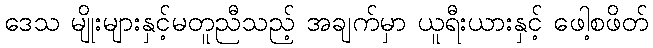
ဒေသ မျိုးများနှင့်မတူညီသည့် အချက်မှာ ယူရီးယားနှင့် ဖေါ့စဖိတ်